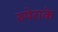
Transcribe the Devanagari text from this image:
रुपेराके